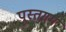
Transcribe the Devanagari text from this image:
पुस्तगम